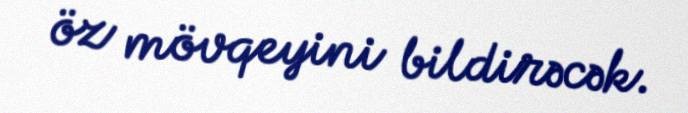
öz mövqeyini bildirəcək.